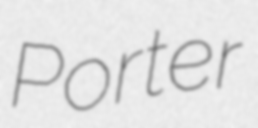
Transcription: Porter